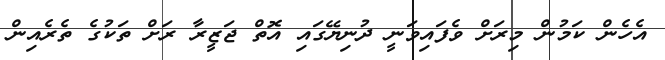
އެހެން ކަމުން މިރަށް ވެފައިވަނީ ދުނިޔޭގައި އޮތް ޖަޒީރާ ރަށް ތަކުގެ ތެރެއިން